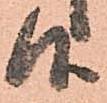
候